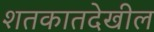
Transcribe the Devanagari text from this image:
शतकातदेखील